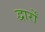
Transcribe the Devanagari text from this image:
द्वार्रों